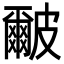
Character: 𭽹